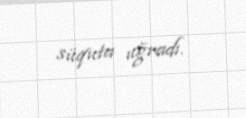
süquta uğradı.